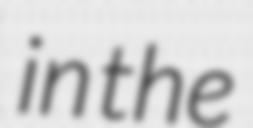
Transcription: in the